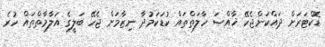
ޑޮކްޓަރަށް ދައްކަންޖެހޭ ޚާއްޞަ ހާލަތްތައް ކުޑަކަމުދާ ނިޒާމަށް ޖެހޭ ބަލީގެ އަލާމާތްތައް ހުރެ